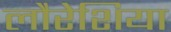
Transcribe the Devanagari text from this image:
लौरेशिया